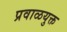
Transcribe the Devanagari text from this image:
प्रवाळयुक्त